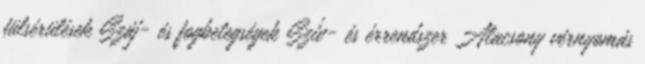
fülsérülések Száj- és fogbetegségek Szív- és érrendszer Alacsony vérnyomás